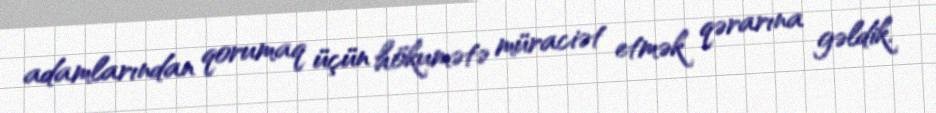
adamlarından qorumaq üçün hökumətə müraciət etmək qərarına gəldik.